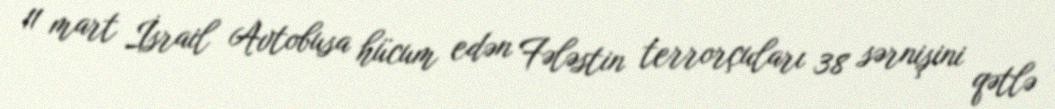
11 mart İsrail Avtobusa hücum edən Fələstin terrorçuları 38 sərnişini qətlə